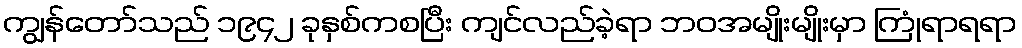
ကျွန်တော်သည် ၁၉၄၂ ခုနှစ်ကစပြီး ကျင်လည်ခဲ့ရာ ဘဝအမျိုးမျိုးမှာ ကြုံရာရရာ